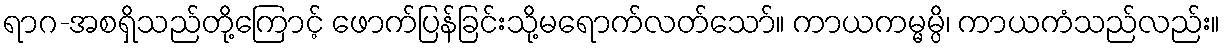
ရာဂ-အစရှိသည်တို့ကြောင့် ဖောက်ပြန်ခြင်းသို့မရောက်လတ်သော်။ ကာယကမ္မမ္ပိ၊ ကာယကံသည်လည်း။